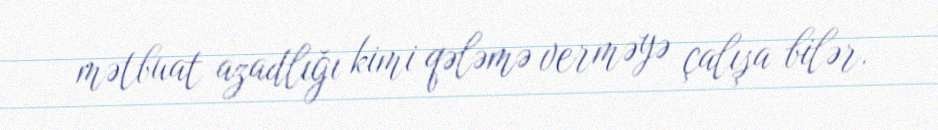
mətbuat azadlığı kimi qələmə verməyə çalışa bilər.